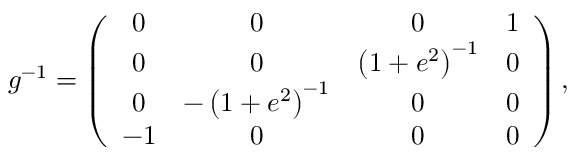
g ^ { - 1 } = \left( \begin{array} { c c c c } { { 0 } } & { { 0 } } & { { 0 } } & { { 1 } } \\ { { 0 } } & { { 0 } } & { { \left( 1 + e ^ { 2 } \right) ^ { - 1 } } } & { { 0 } } \\ { { 0 } } & { { - \left( 1 + e ^ { 2 } \right) ^ { - 1 } } } & { { 0 } } & { { 0 } } \\ { { - 1 } } & { { 0 } } & { { 0 } } & { { 0 } } \end{array} \right) ,